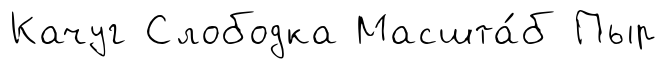
Качуг Слободка Масшта́б Пыр